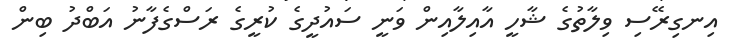
އިނގިރޭސި ވިލާތުގެ ޝާހީ އާއިލާއިން ވަނީ ސައުދީގެ ކުރީގެ ރަސްގެފާނު އަބްދު ބިން